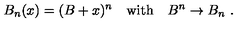
B _ { n } ( x ) = ( B + x ) ^ { n } \quad \mathrm { w i t h } \quad B ^ { n } \rightarrow B _ { n } \ .